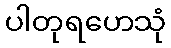
ပါတုရဟေသုံ